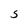
Character: S